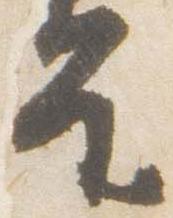
皇